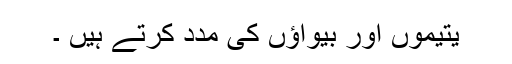
یتیموں اور بیواؤں کی مدد کرتے ہیں ۔